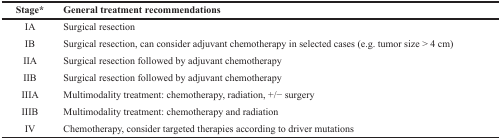
<table><thead><tr><td><b>Stage*</b></td><td><b>General treatment recommendations</b></td></tr></thead><tbody><tr><td>IA</td><td>Surgical resection</td></tr><tr><td>IB</td><td>Surgical resection, can consider adjuvant chemotherapy in selected cases (e.g. tumor size &gt; 4 cm)</td></tr><tr><td>IIA</td><td>Surgical resection followed by adjuvant chemotherapy</td></tr><tr><td>IIB</td><td>Surgical resection followed by adjuvant chemotherapy</td></tr><tr><td>IIIA</td><td>Multimodality treatment: chemotherapy, radiation, +/− surgery</td></tr><tr><td>IIIB</td><td>Multimodality treatment: chemotherapy and radiation</td></tr><tr><td>IV</td><td>Chemotherapy, consider targeted therapies according to driver mutations</td></tr></tbody></table>